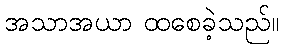
အသာအယာ ထစေခဲ့သည်။